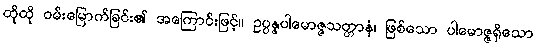
ထိုထို ဝမ်းမြောက်ခြင်း၏ အကြောင်းဖြင့်။ ဥပ္ပန္နပါမောဇ္ဇသတ္တာနံ၊ ဖြစ်သော ပါမောဇ္ဇရှိသော